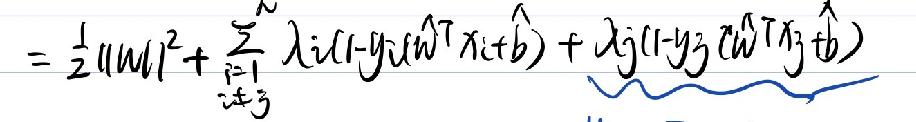
\[=\frac{1}{2}\|\boldsymbol{w}\|^{2}+\sum_{\substack{i = 1\\i\neq j}}^{N}\lambda_i(1 - y_i(\boldsymbol{w}^T\boldsymbol{x}_i + b))+\lambda_j(1 - y_j(\boldsymbol{w}^T\boldsymbol{x}_j + b))\]